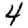
Digit: 4